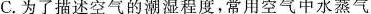
C.为了描述空气的潮湿程度，常用空气中水蒸气